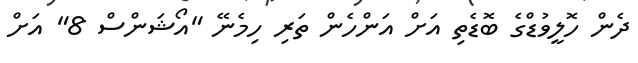
ދެން ހޮލީވުޑްގެ ބޮޑެތި އަށް އަންހެން ތަރި ހިމެނޭ "އޯޝަންސް 8" އަށް